Scottish Certificate of Education, 1962
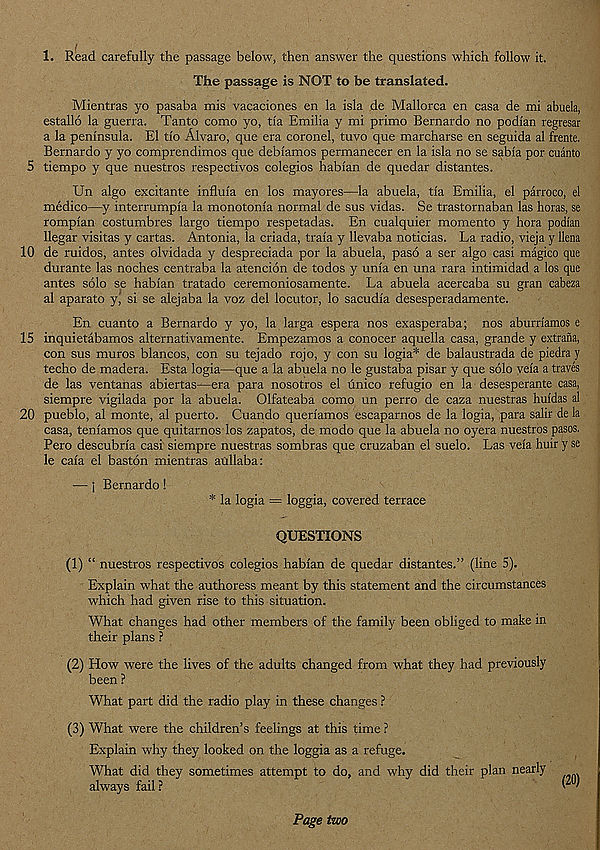
1. Read carefully the passage below, then answer the questions which follow it.
The passage is NOT to be translated.
Mientras yo pasaba mis vacaciones en la isla de Mallorca en casa de mi abuela,
estallo la guerra. Tanto como yo, tia Emilia y mi prime Bernardo no podfan regresar
a la peninsula. El tio Alvaro, que era coronel, tuvo que marcharse en seguida al frente.
Bernardo y yo comprendimos que debfamos permanecer en la isla no se sabia por cuanto
5 tiempo y que nuestros respectivos colegios habian de quedar distantes.
Un algo excitante influia en los mayores—la abuela, tfa Emilia, el parroco, el
medico—y interrumpia la monotonia normal de sus vidas. Se trastornaban las horas, se
rompian costumbres largo tiempo respetadas. En cualquier momento y hora podian
llegar visitas y cartas. Antonia, la criada, traia y llevaba noticias. La radio, vieja y llena
10 de ruidos, antes olvidada y despreciada por la abuela, paso a ser algo casi magico que
durante las noches centraba la atencion de todos y uma en una rara intimidad a los que
antes solo se habi'an tratado ceremoniosamente. La abuela acercaba su gran cabeza
al aparato y, si se alejaba la voz del locutor, lo sacudia desesperadamente.
En cuanto a Bernardo y yo, la larga espera nos exasperaba; nos aburriamos e
15 inquietabamos alternativamente. Empezamos a conocer aquella casa, grande y extrana,
con sus muros blancos, con su tejado rojo, y con su logia* de balaustrada de piedra y
techo de madera. Esta logia—que a la abuela no le gustaba pisar y que solo vela a traves
de las ventanas abiertas—era para nosotros el unico refugio en la desesperante casa,
siempre vigilada por la abuela. Olfateaba como un perro de caza nuestras huidas al
20 pueblo, al monte, al puerto. Cuando queriamos escaparnos de la logia, para salir de la
casa, teniamos que quitarnos los zapatos, de modo que la abuela no oyera nuestros pasos.
Pero descubria casi siempre nuestras sombras que cruzaban el suelo. Las vela huir y se
le cala el baston mientras aullaba:
— i Bernardo!
* la logia = loggia, covered terrace
QUESTIONS
(1) “ nuestros respectivos colegios habian de quedar distantes.” (line 5).
Explain what the authoress meant by this statement and the circumstances
which had given rise to this situation.
What changes had other members of the family been obliged to make in
their plans ?
(2) How were the lives of the adults changed from what they had previously
been ?
What part did the radio play in these changes ?
(3) What were the children’s feelings at this time ?
Explain why they looked on the loggia as a refuge.
What did they sometimes attempt to do, and why did their plan nearly
always fail ?
@ )
Page two